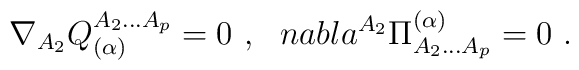
\nabla_{A_2}{Q_{(\alpha)}^{A_2...A_p}} =0\ , \ \ \ \\nabla^{A_2}{\Pi^{(\alpha)}_{A_2...A_p}} =0\ .